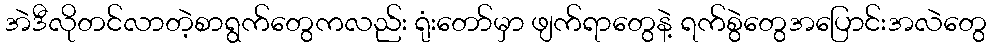
အဲဒီလိုတင်လာတဲ့စာရွက်တွေကလည်း ရုံးတော်မှာ ဖျက်ရာတွေနဲ့ ရက်စွဲတွေအပြောင်းအလဲတွေ